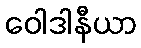
ဝေါဒါနီယာ